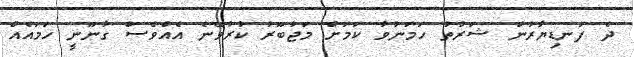
ދެ ފަނޑިޔާރުން ޝަރުތު ހަމަނުވާ ކަމަށް މަޖުބޫރު ކުރުވޭނެ އެއްވެސް ގާނޫނީ ހަމައެއް